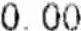
0.00